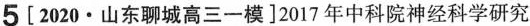
5[2020·山东聊城高三一模]2017年中科院神经科学研究